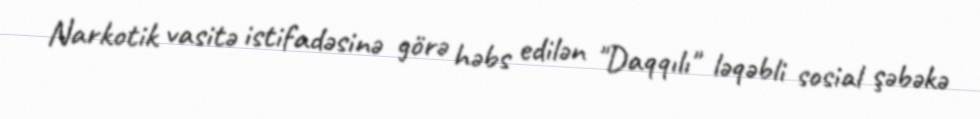
Narkotik vasitə istifadəsinə görə həbs edilən "Daqqılı" ləqəbli sosial şəbəkə